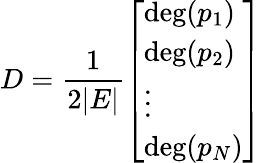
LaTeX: D={\frac{1}{2|E|}}{\left[\begin{array}{l}{\deg(p_{1})}\\ {\deg(p_{2})}\\ {\vdots}\\ {\deg(p_{N})}\end{array}\right]}